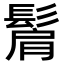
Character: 𩭠